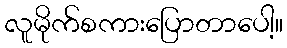
လူမိုက်စကားပြောတာပေါ့။